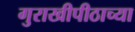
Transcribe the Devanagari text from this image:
गुराखीपीठाच्या